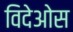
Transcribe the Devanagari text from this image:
विदेओस